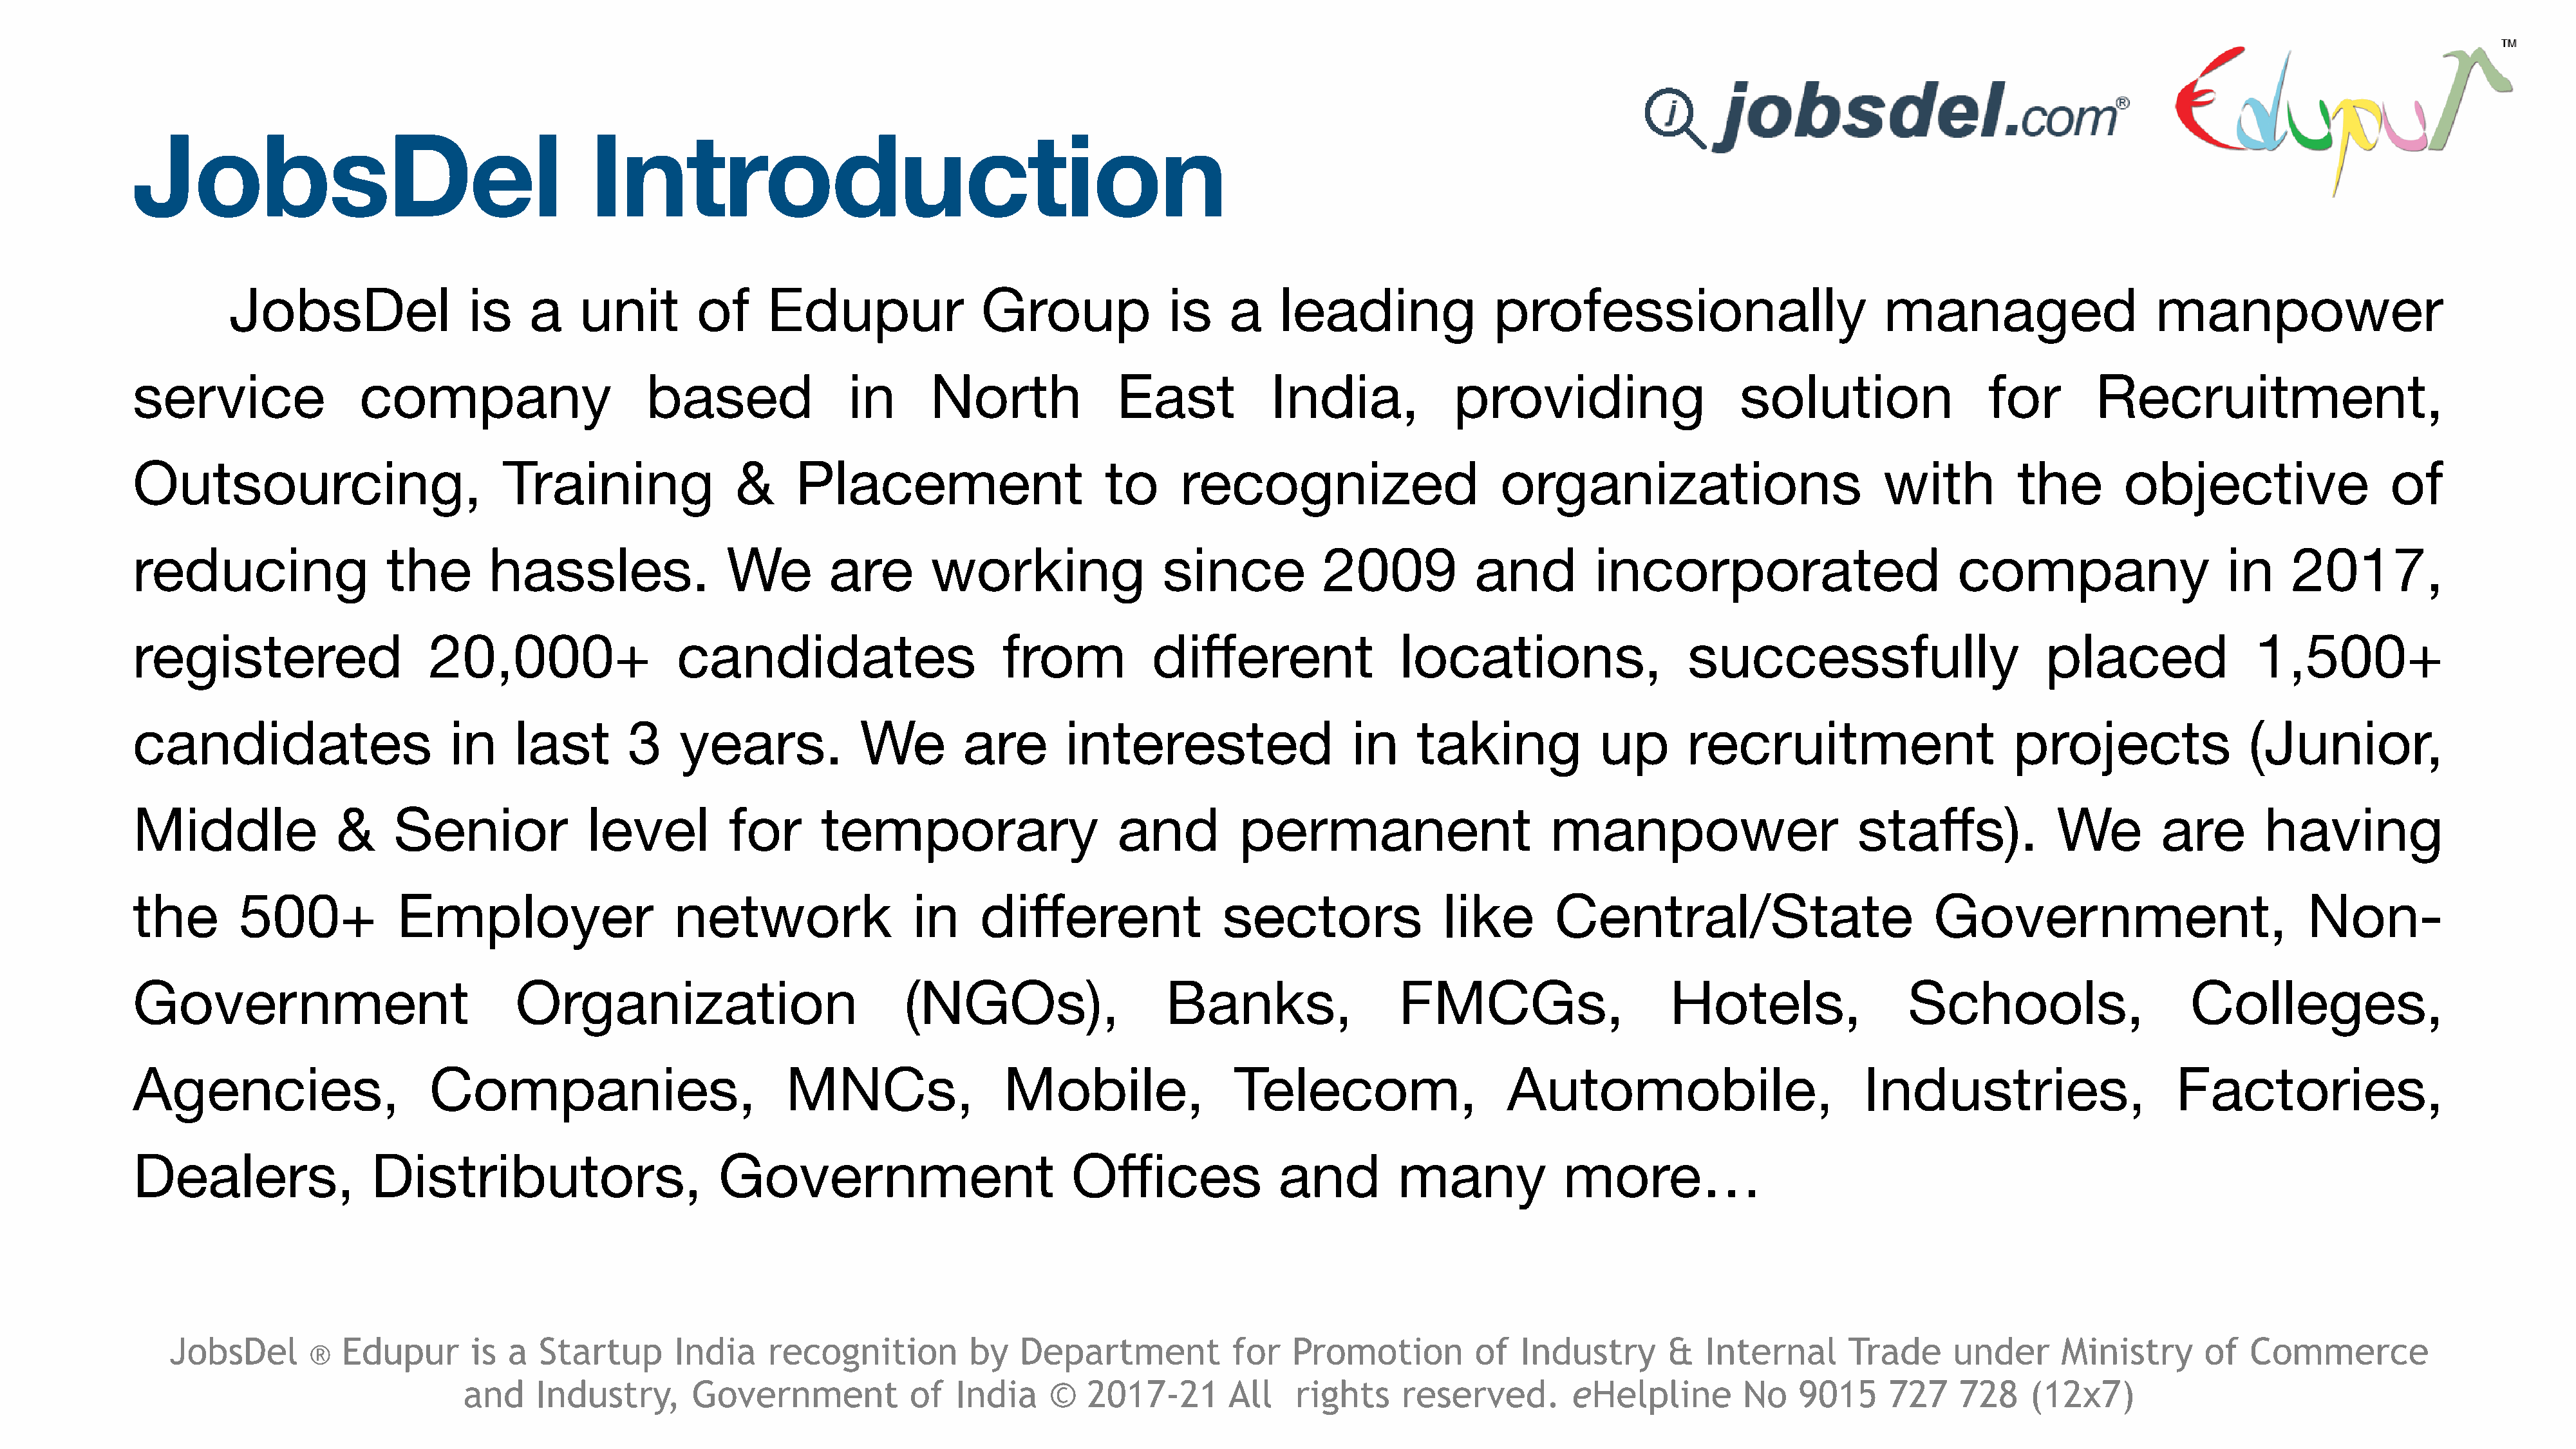
JobsDel                                        Introduction
 JobsDel                 is    a     unit        of     Edupur                Group              is    a     leading               professionally                          managed                     manpower
 service                company                      based                in       North              East            India,            providing                     solution                 for        Recruitment,
 Outsourcing,                          Training                &     Placement                       to     recognized                       organizations                           with         the        objective                   of
 reducing                  the       hassles.                 We        are        working                 since           2009            and         incorporated                         company                     in     2017,
 registered                    20,000+                   candidates                       from           different                 locations,                    successfully                        placed                1,500+
 candidates                      in     last        3    years.            We         are       interested                    in     taking            up       recruitment                       projects                (Junior,
 Middle               &    Senior              level          for      temporary                      and         permanent                       manpower                        staffs).            We         are        having
 the        500+            Employer                    network                  in     different                sectors               like        Central/State                          Government,                           Non-
 Government                             Organization                            (NGOs),                    Banks,                  FMCGs,                      Hotels,                 Schools,                     Colleges,
 Agencies,                     Companies,                           MNCs,                 Mobile,                 Telecom,                    Automobile,                          Industries,                     Factories,
 Dealers,                Distributors,                       Government                          Offices              and          many             more…
 JobsDel           Edupur       is  a  Startup       India     recognition          by   Department            for   Promotion          of  Industry       &   Internal       Trade      under      Ministry       of  Commerce
 ®
 and    Industry,       Government             of  India     ©   2017-21       All    rights     reserved.         eHelpline        No    9015     727    728     (12x7)